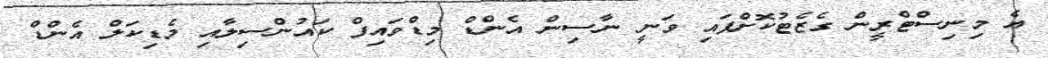
އެ މިނިސްޓްރީން ގެޒެޓުކޮށްފައި ވަނީ ނާސިން އެންޑް މިޑްވައިފް ކައުންސިލާއި މެޑިކަލް އެންޑް